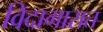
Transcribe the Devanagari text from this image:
विदागारात